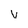
Character: V